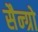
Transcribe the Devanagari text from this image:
सैन्ग्रो